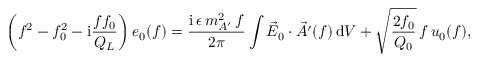
\left( f ^ { 2 } - f _ { 0 } ^ { 2 } - \mathrm { i } \frac { f f _ { 0 } } { Q _ { L } } \right) e _ { 0 } ( f ) = \frac { \mathrm { i } \, \epsilon \, m _ { A ^ { \prime } } ^ { 2 } \, f } { 2 \pi } \int \vec { E } _ { 0 } \cdot \vec { A ^ { \prime } } ( f ) \, \mathrm { d } V + \sqrt { \frac { 2 f _ { 0 } } { Q _ { 0 } } } \, f \, { u } _ { 0 } ( f ) ,